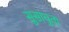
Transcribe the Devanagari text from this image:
सुसाधुता